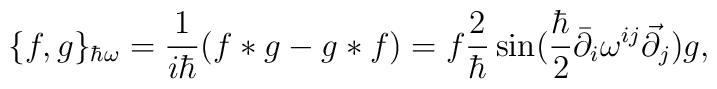
\{ f, g\}_{\hbar\omega}      = \frac{1}{i\hbar}(f*g-g*f)        = f\frac{2}{\hbar}        \sin (\frac{\hbar}{2}\bar\partial_{i}\omega^{ij}\vec\partial_{j})g,